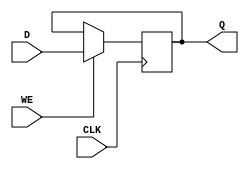
module StoreRegister #(
    parameter WIDTH = 8  // Parameter to define the width of the register
)(
    input wire [WIDTH-1:0] D,  // Data input
    input wire CLK,             // Clock input
    input wire WE,              // Write Enable
    output reg [WIDTH-1:0] Q    // Data output
);

// Always block triggered on the rising edge of the clock
always @(posedge CLK) begin
    if (WE) begin
        Q <= D;  // Capture input data when WE is high
    end
    // If WE is low, Q retains its current value (no action needed)
end

// Optional: Reset functionality can be added if required
// Uncomment the following lines to include a reset signal
/*
input wire RST;  // Reset signal
always @(posedge CLK or posedge RST) begin
    if (RST) begin
        Q <= 0;  // Initialize register to zero on reset
    end else if (WE) begin
        Q <= D;  // Capture input data when WE is high
    end
end
*/

endmodule